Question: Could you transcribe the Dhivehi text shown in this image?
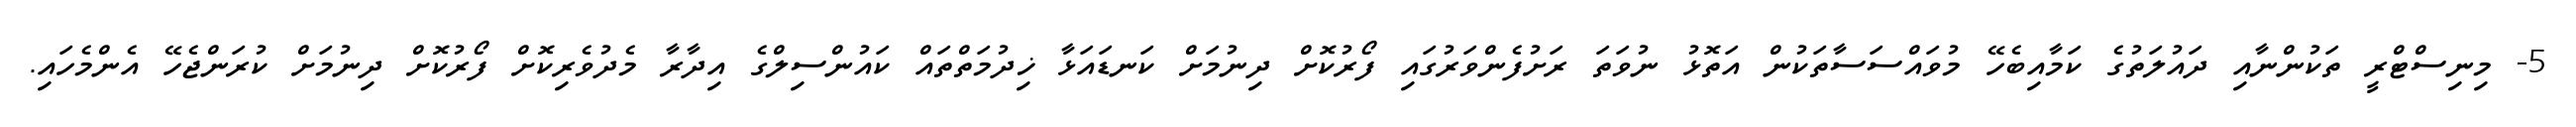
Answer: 5- މިނިސްޓްރީ ތަކުންނާއި ދައުލަތުގެ ކަމާއިބެހޭ މުވައްސަސާތަކުން އަތޮޅު ނުވަތަ ރަށުފެންވަރުގައި ފޯރުކޮށް ދިނުމަށް ކަނޑައަޅާ ޚިދުމަތްތައް ކައުންސިލްގެ އިދާރާ މެދުވެރިކޮށް ފޯރުކޮށް ދިނުމަށް ކުރަންޖެހޭ އެންމެހައި.